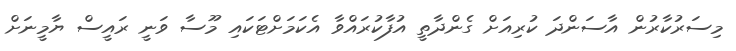
މިސަރުކާރުން އާސަންދަ ކުރިއަށް ގެންދާތީ އުފާކުރައްވާ އެކަމަށްޓަކައި މޫސާ ވަނީ ރައީސް ޔާމީނަށް